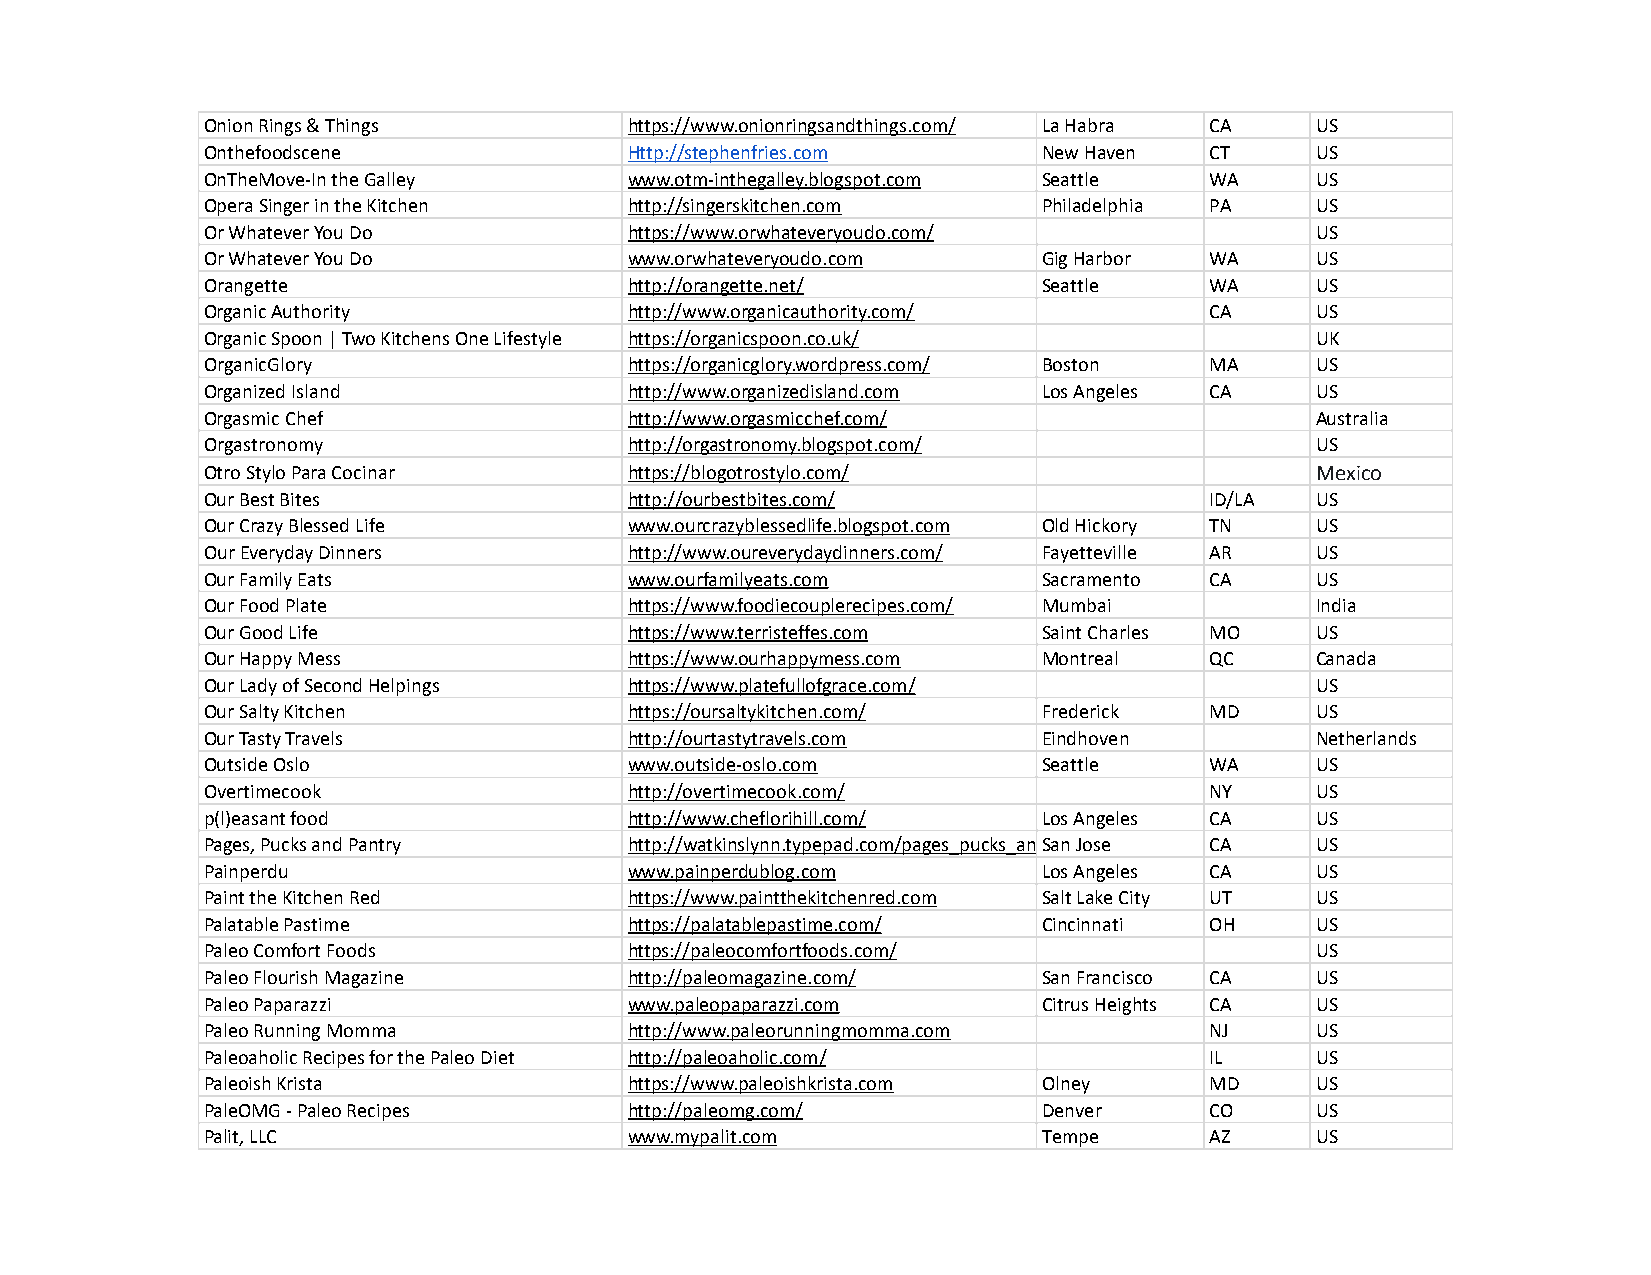
Onion Rings & Things        https://www.onionringsandthings.com/ La Habra CA US
 Onthefoodscene              Http://stephenfries.com    New Haven  CT     US
 OnTheMove-In the Galley     www.otm-inthegalley.blogspot.com Seattle WA  US
 Opera Singer in the Kitchen http://singerskitchen.com  Philadelphia PA   US
 Or Whatever You Do          https://www.orwhateveryoudo.com/             US
 Or Whatever You Do          www.orwhateveryoudo.com    Gig Harbor WA     US
 Orangette                   http://orangette.net/      Seattle    WA     US
 Organic Authority           http://www.organicauthority.com/      CA     US
 Organic Spoon | Two Kitchens One Lifestyle https://organicspoon.co.uk/   UK
 OrganicGlory                https://organicglory.wordpress.com/ Boston MA US
 Organized Island            http://www.organizedisland.com Los Angeles CA US
 Orgasmic Chef               http://www.orgasmicchef.com/                 Australia
 Orgastronomy                http://orgastronomy.blogspot.com/            US
 Otro Stylo Para Cocinar     https://blogotrostylo.com/                   Mexico
 Our Best Bites              http://ourbestbites.com/              ID/LA  US
 Our Crazy Blessed Life      www.ourcrazyblessedlife.blogspot.com Old Hickory TN US
 Our Everyday Dinners        http://www.oureverydaydinners.com/ Fayetteville AR US
 Our Family Eats             www.ourfamilyeats.com      Sacramento CA     US
 Our Food Plate              https://www.foodiecouplerecipes.com/ Mumbai  India
 Our Good Life               https://www.terristeffes.com Saint Charles MO US
 Our Happy Mess              https://www.ourhappymess.com Montreal QC     Canada
 Our Lady of Second Helpings https://www.platefullofgrace.com/            US
 Our Salty Kitchen           https://oursaltykitchen.com/ Frederick MD    US
 Our Tasty Travels           http://ourtastytravels.com Eindhoven         Netherlands
 Outside Oslo                www.outside-oslo.com       Seattle    WA     US
 Overtimecook                http://overtimecook.com/              NY     US
 p(l)easant food             http://www.cheflorihill.com/ Los Angeles CA  US
 Pages, Pucks and Pantry     http://watkinslynn.typepad.com/pages_pucks_andS_apna Jnotsrey/ CA US
 Painperdu                   www.painperdublog.com      Los Angeles CA    US
 Paint the Kitchen Red       https://www.paintthekitchenred.com Salt Lake City UT US
 Palatable Pastime           https://palatablepastime.com/ Cincinnati OH  US
 Paleo Comfort Foods         https://paleocomfortfoods.com/               US
 Paleo Flourish Magazine     http://paleomagazine.com/  San Francisco CA  US
 Paleo Paparazzi             www.paleopaparazzi.com     Citrus Heights CA US
 Paleo Running Momma         http://www.paleorunningmomma.com      NJ     US
 Paleoaholic Recipes for the Paleo Diet http://paleoaholic.com/    IL     US
 Paleoish Krista             https://www.paleoishkrista.com Olney  MD     US
 PaleOMG - Paleo Recipes     http://paleomg.com/        Denver     CO     US
 Palit, LLC                  www.mypalit.com            Tempe      AZ     US